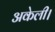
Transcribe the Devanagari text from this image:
अकेली।